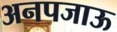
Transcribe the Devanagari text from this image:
अनपजाऊ